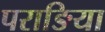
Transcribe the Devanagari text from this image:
पराङिया